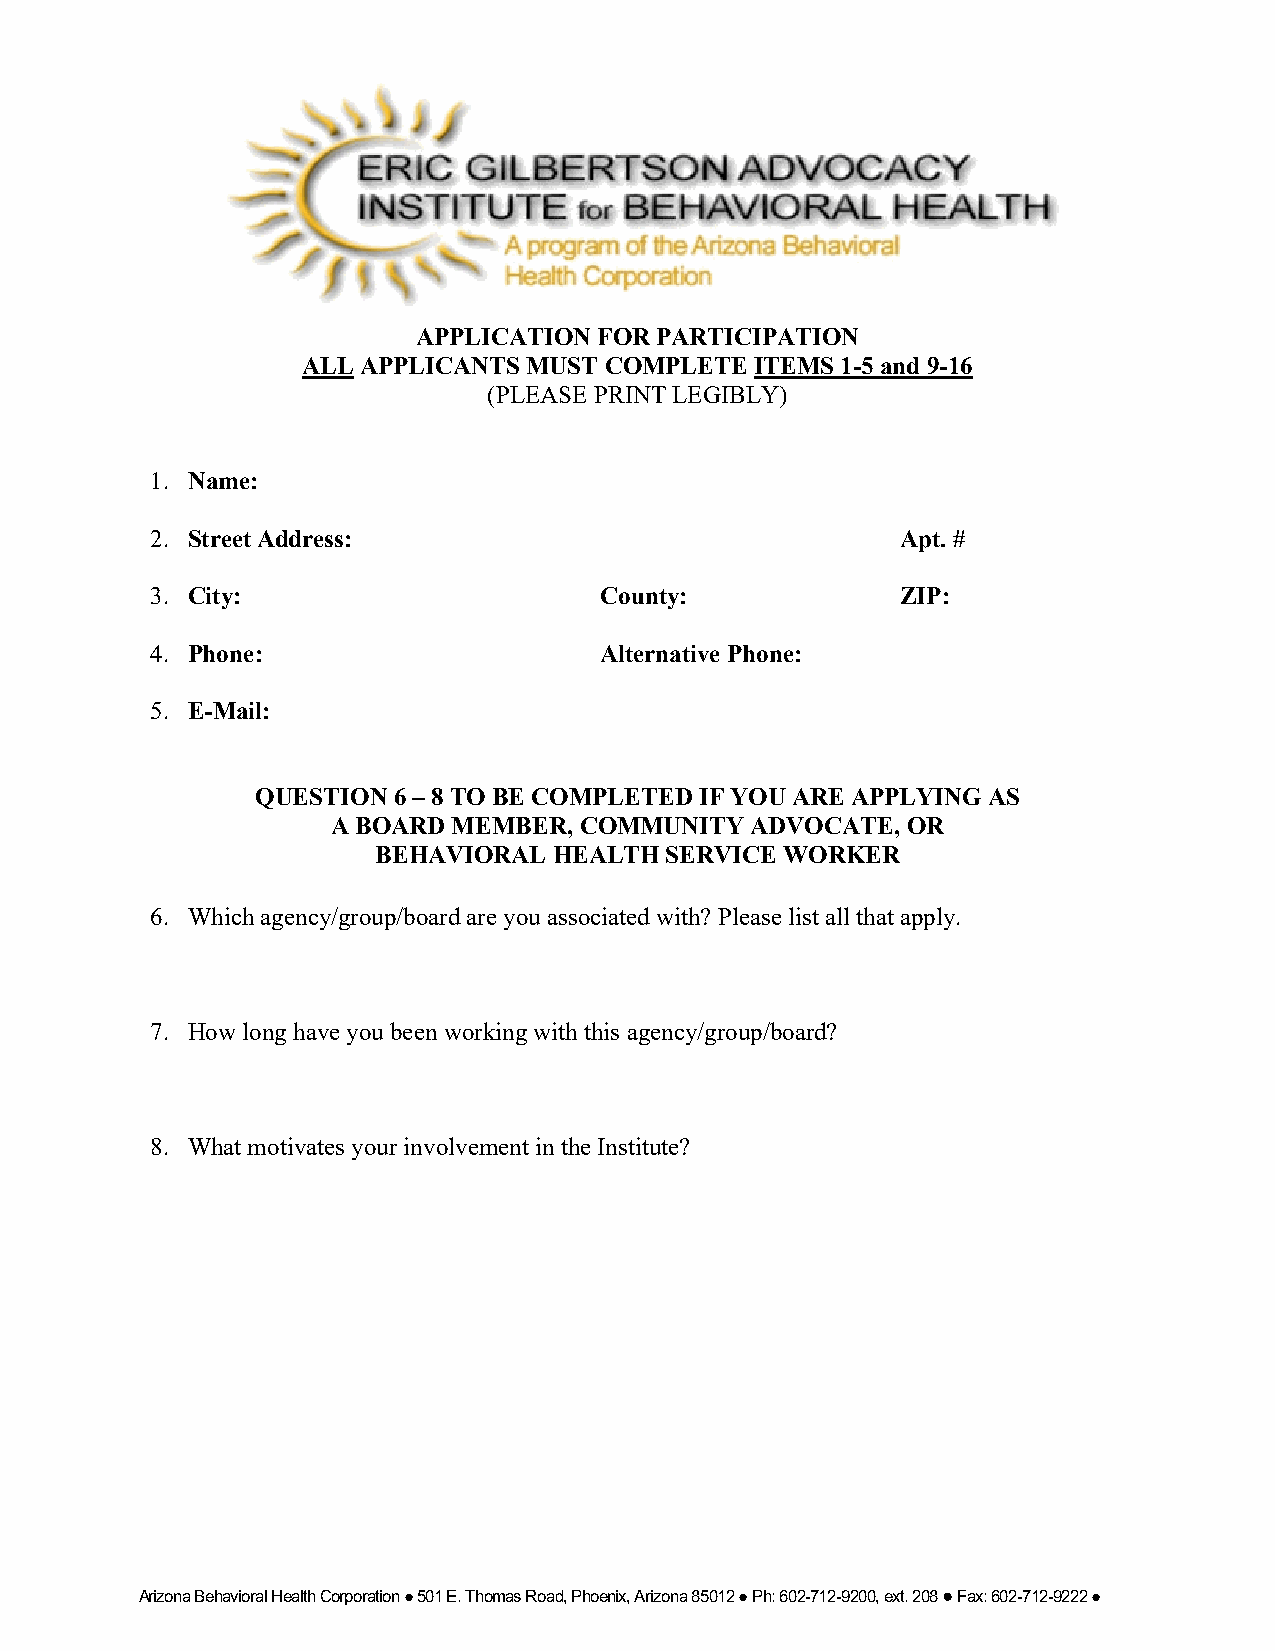
APPLICATION FOR PARTICIPATION
 ALL APPLICANTS MUST COMPLETE  ITEMS 1-5 and 9-16
 (PLEASE PRINT LEGIBLY)
 1. Name:
 2. Street Address:                                Apt. #
 3. City:                      County:             ZIP:
 4. Phone:                     Alternative Phone:
 5. E-Mail:
 QUESTION 6 – 8 TO BE COMPLETED IF YOU ARE APPLYING AS
 A BOARD MEMBER, COMMUNITY   ADVOCATE, OR
 BEHAVIORAL  HEALTH SERVICE WORKER
 6. Which agency/group/board are you associated with? Please list all that apply.
 7. How long have you been working with this agency/group/board?
 8. What motivates your involvement in the Institute?
 Arizona Behavioral Health Corporation ● 501 E. Thomas Road, Phoenix, Arizona 85012 ● Ph: 602-712-9200, ext. 208 ● Fax: 602-712-9222 ●